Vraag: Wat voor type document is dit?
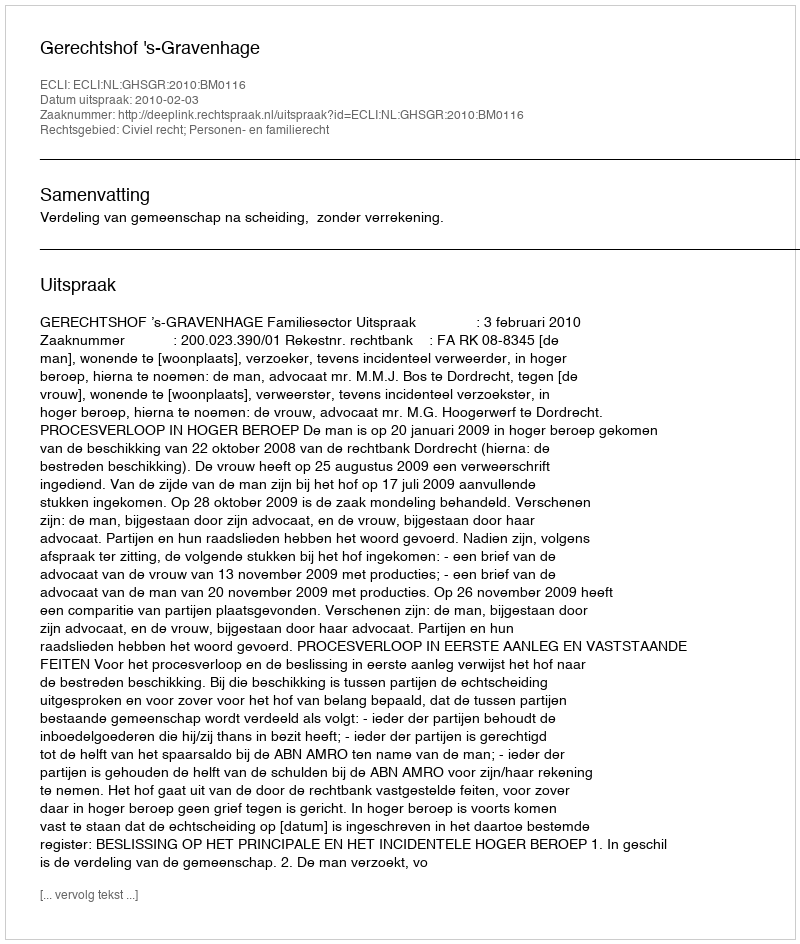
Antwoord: Uitspraak